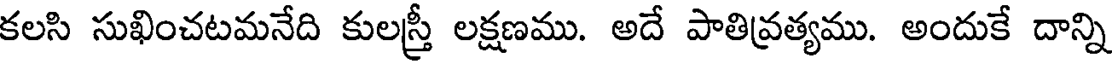
కలసి సుఖించటమనేది కులస్త్రీ లక్షణము. అదే పాతివ్రత్యము. అందుకే దాన్ని